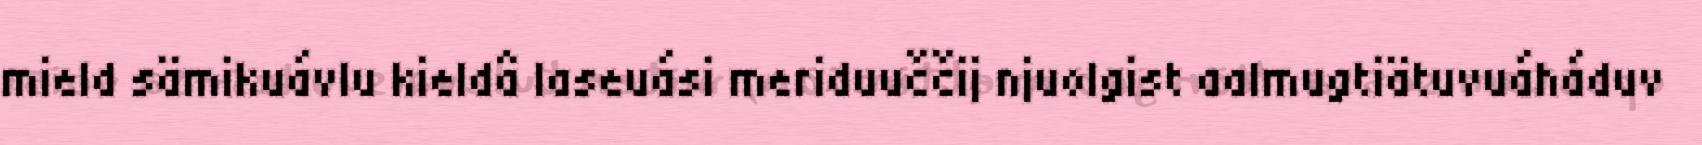
mield sämikuávlu kieldâ laseuási meriduuččij njuolgist aalmugtiätuvuáháduv